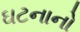
ઘટનાનો